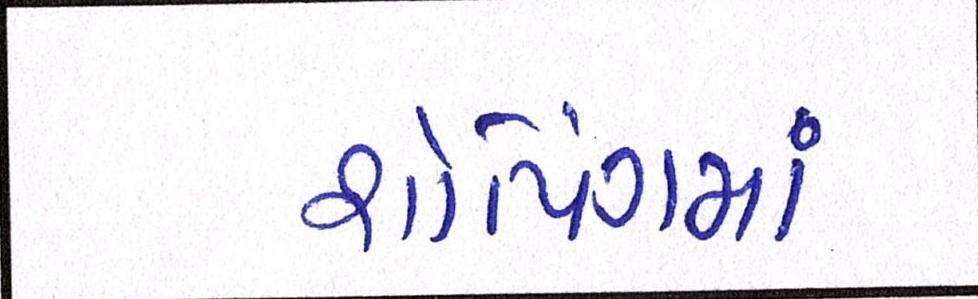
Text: શોપિંગમાં